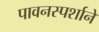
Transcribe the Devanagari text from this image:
पावनस्पर्शाने